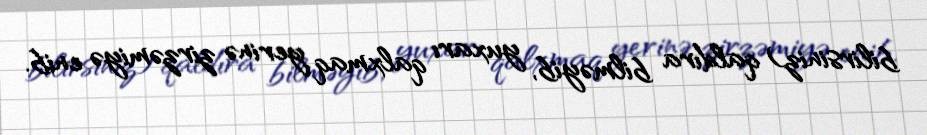
bilirsiniz) qaldıra bilməyib, yuxarı qalxmaq yerinə zirzəmiyə enib.